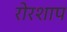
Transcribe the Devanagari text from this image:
रोरशाप